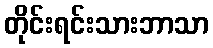
တိုင်းရင်းသားဘာသာ